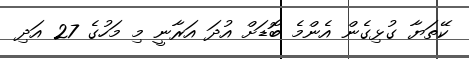
ކޭތަޔާ ގުޅިގެން އެންމެ ބޮޑަށް އުދަ އަރާނީ މި މަހުގެ 27 އަދި